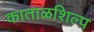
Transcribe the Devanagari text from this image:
काताळशिल्प